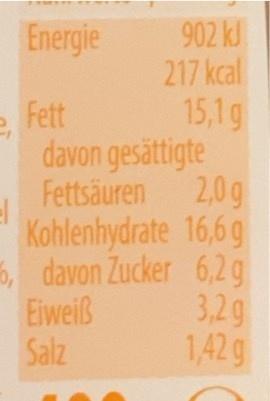
Energie
902 kJ 217 kcal
15,1g davon gesättigte Fettsäuren 2,0g Kohlenhydrate 16,6g 5, davon Zucker 6,2g 3,2g
Fett
Eiweiß
Salz
1,42 g